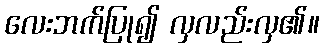
လေးဘက်ပြု၍ လှလည်းလှ၏။